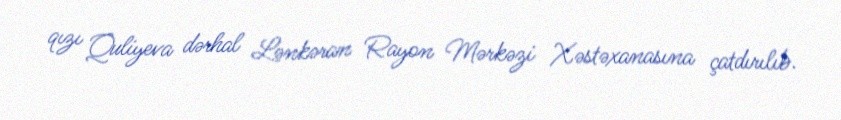
qızı Quliyeva dərhal Lənkəran Rayon Mərkəzi Xəstəxanasına çatdırılıb.